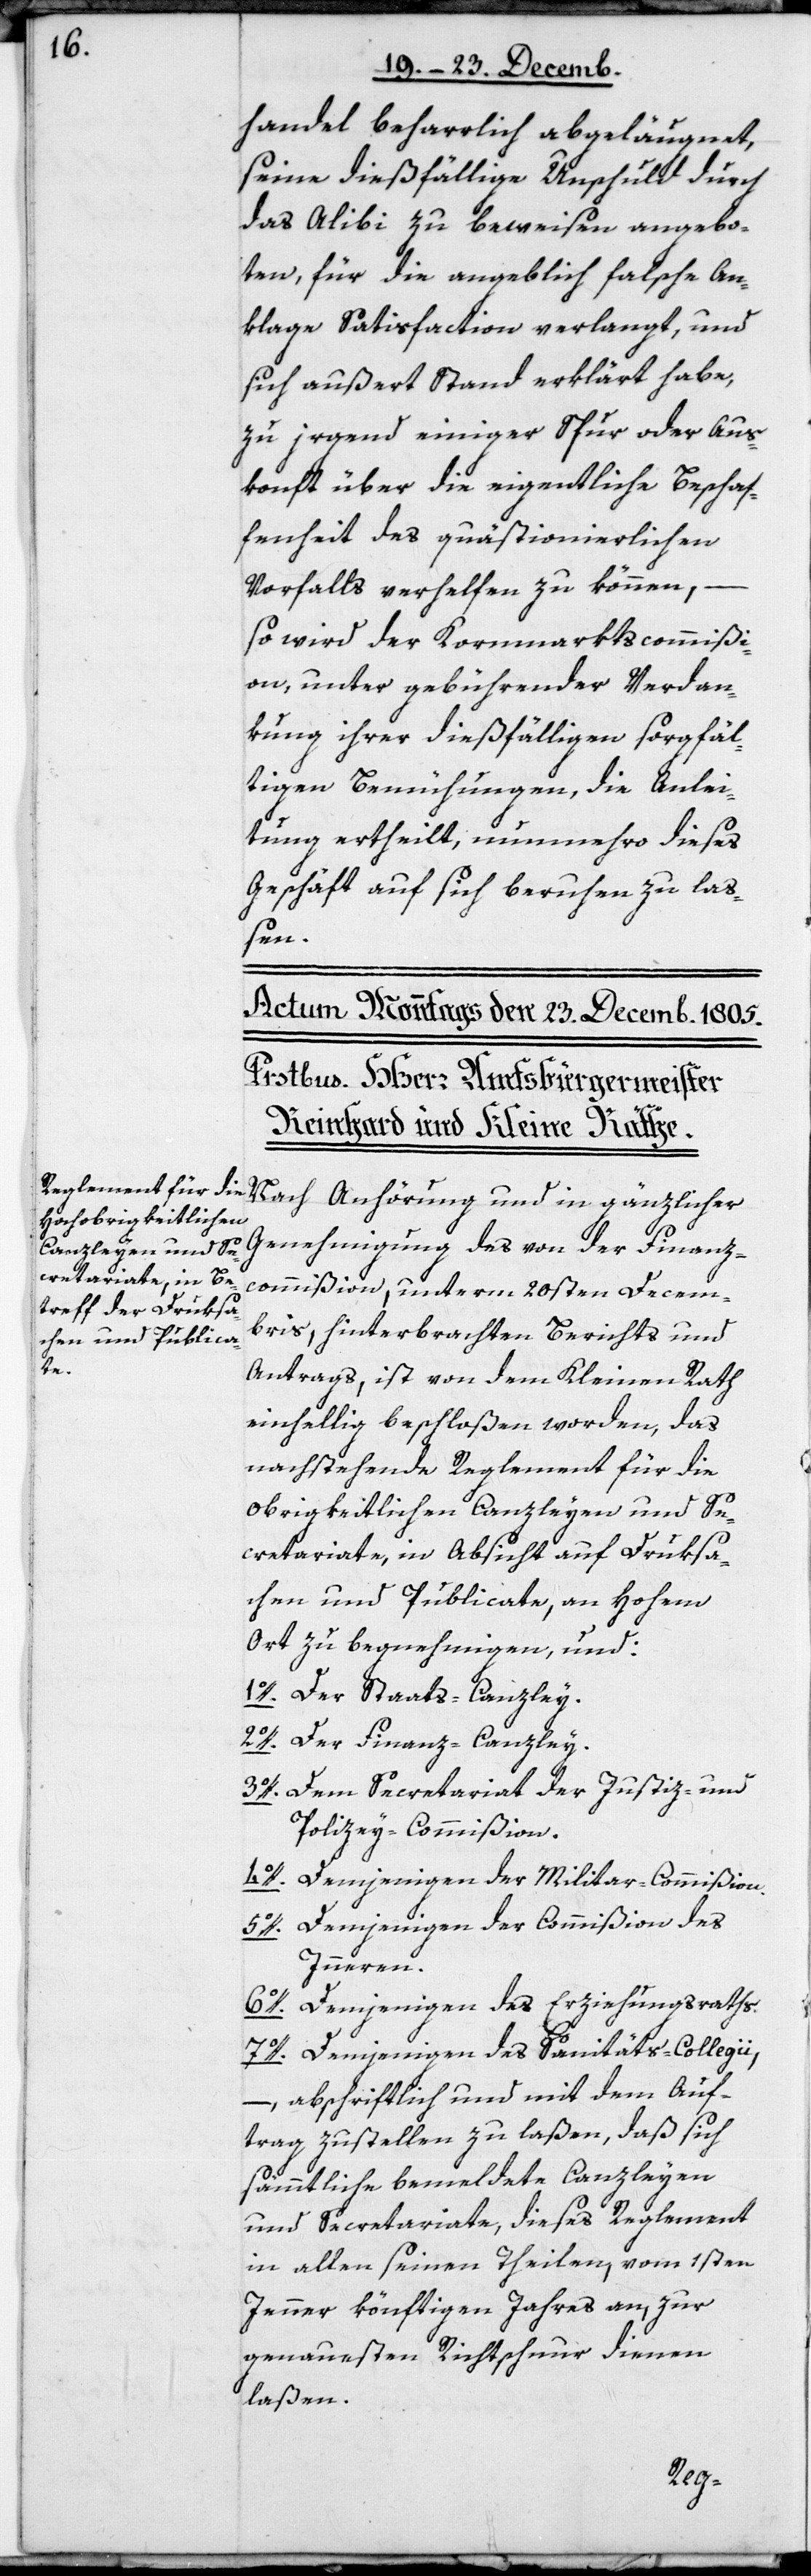
handel beharrlich abläugnet,
seine dießfällige Unschuld durch
das Alibi zu beweisen angebo¬
ten, für die angeblich falsche An¬
klage Satisfaction verlangt, und
sich außert Stand erklärt habe,
zu irgend einer Spur oder Aus¬
konft über die eigentliche Beschaf¬
fenheit des quästionierlichen
Vorfalls verhelfen zu können,
so wird der Kornmarktscommißi¬
on unter gebührender Verdan¬
kung ihrer dießfälligen sorgfäl¬
tigen Bemühungen, die Anlei¬
tung ertheilt, nunmehro dieses
Geschäft auf sich beruhen zu laß¬
en.
Nach Anhörung und in gänzlicher
Genehmigung des von der Finanz¬
commißion, unterm 20sten Decem¬
bris, hinterbrachten Berichts und
Antrags, ist von dem Kleinen Rath
einhellig beschloßen worden, das
nachstehende Reglement für die
Obrigkeitlichen Canzleyen und Se¬
cretariate, in Absicht auf Druksa¬
chen und Publicate, an Hohem
Ort zu begnehmigen, und:
1o. Der Staats-Canzley.
2o. Der Finanz-Canzley.
3o. Dem Secretariat der Justiz- und
Polizey-Commißion.
4o. Demjenigen der Militar-Commißion.
5o. Demjenigen der Commißion des
Inneren.
6o. Demjenigen des Erziehungsraths.
7o. Demjenigen des Sanitäts-Collegii,
– abschriftlich und mit dem Auf¬
trag zustellen zu laßen, daß sich
sämmtliche bemeldte Canzleyen
und Secretariate, dieses Reglement
in allen seinen Theilen, vom 1sten
Jenner könftigen Jahres an, zur
genauesten Richtschnur dienen
laßen.